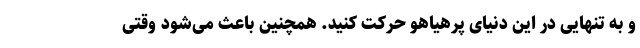
و به تنهایی در این دنیای پرهیاهو حرکت کنید. همچنین باعث می‌شود وقتی